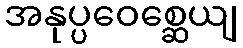
အနုပ္ပဝေစ္ဆေယျ